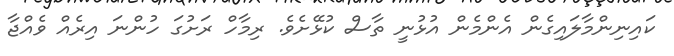
ކައިނިންމާލައިގެން އެންމެން އުޅުނީ ތާސް ކުޅޭށެވެ. ރިމާހް ރަށުގަ ހުންނަ އިރެއް ވެއްޖާ